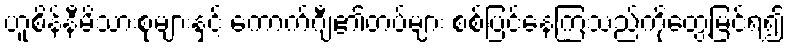
ဟူစိန်နီမိသားစုများနှင့် ကောက်ဂျီ၏တပ်များ စစ်ပြင်နေကြသည်ကိုတွေ့မြင်ရ၍